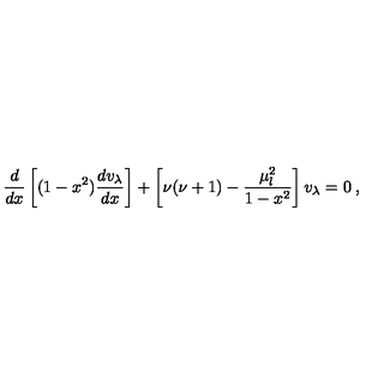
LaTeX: \frac { d } { d x } \left[ ( 1 - x ^ { 2 } ) \frac { d v _ { \lambda } } { d x } \right] + \left[ \nu ( \nu + 1 ) - \frac { \mu _ { l } ^ { 2 } } { 1 - x ^ { 2 } } \right] v _ { \lambda } = 0 \: ,